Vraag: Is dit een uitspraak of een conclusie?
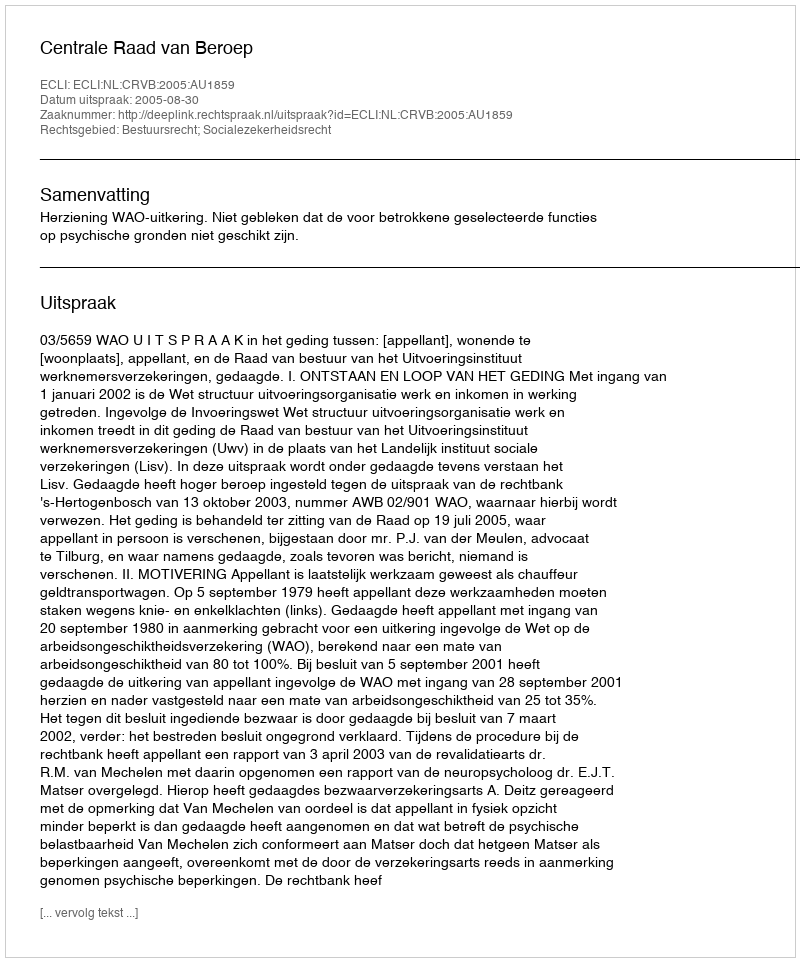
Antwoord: Uitspraak